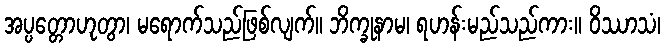
အပ္ပတ္တောဟုတွာ၊ မရောက်သည်ဖြစ်လျက်။ ဘိက္ခုနာမ၊ ရဟန်းမည်သည်ကား။ ဝိဿာသံ၊